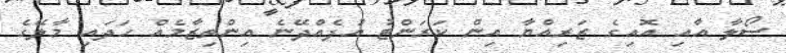
ސޯލާ އާއި އޮއިގެ ޒަރިއްޔާ އިން ކަރަންޓު އުފެއްދޭނެ އިންތިޒާމެއް ހަދައި މާލޭގެ